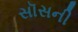
સૉસની